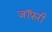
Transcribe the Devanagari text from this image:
जॉफ़री